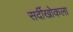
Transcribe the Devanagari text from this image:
सर्दीखोकला